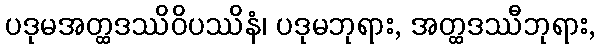
ပဒုမအတ္ထဒဿိဝိပဿိနံ၊ ပဒုမဘုရား, အတ္ထဒဿီဘုရား,